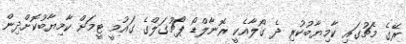
ރޭގެ މެޗުގައި ކާމިޔާބުކުރި ދެ ގޯލާއެކީ ރޮނާލްޑޯ ޕޯޗުގަލްގެ ގައުމީ ޓީމަށް ކާމިޔާބުކޮށްދިން